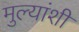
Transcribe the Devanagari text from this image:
मुल्यांशी